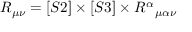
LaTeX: R _ { \mu \nu } = [ S 2 ] \times [ S 3 ] \times { R ^ { \alpha } } _ { \mu \alpha \nu }